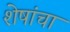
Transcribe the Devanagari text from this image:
शेषांचा